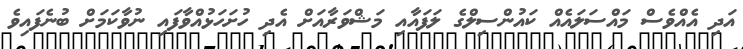
އަދި އެއްވެސް މައްސަލައެއް ކައުންސިލްގެ ލަފައާއި މަޝްވަރާއަށް އެދި ހުށަހަޅުއްވާފައި ނުވާކަމަށް ބުނެފައިވެ